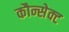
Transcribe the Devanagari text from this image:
कौन्सेक्ट